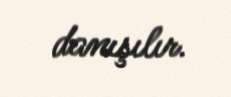
danışılır.